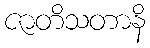
ဇာတိသတာနိ